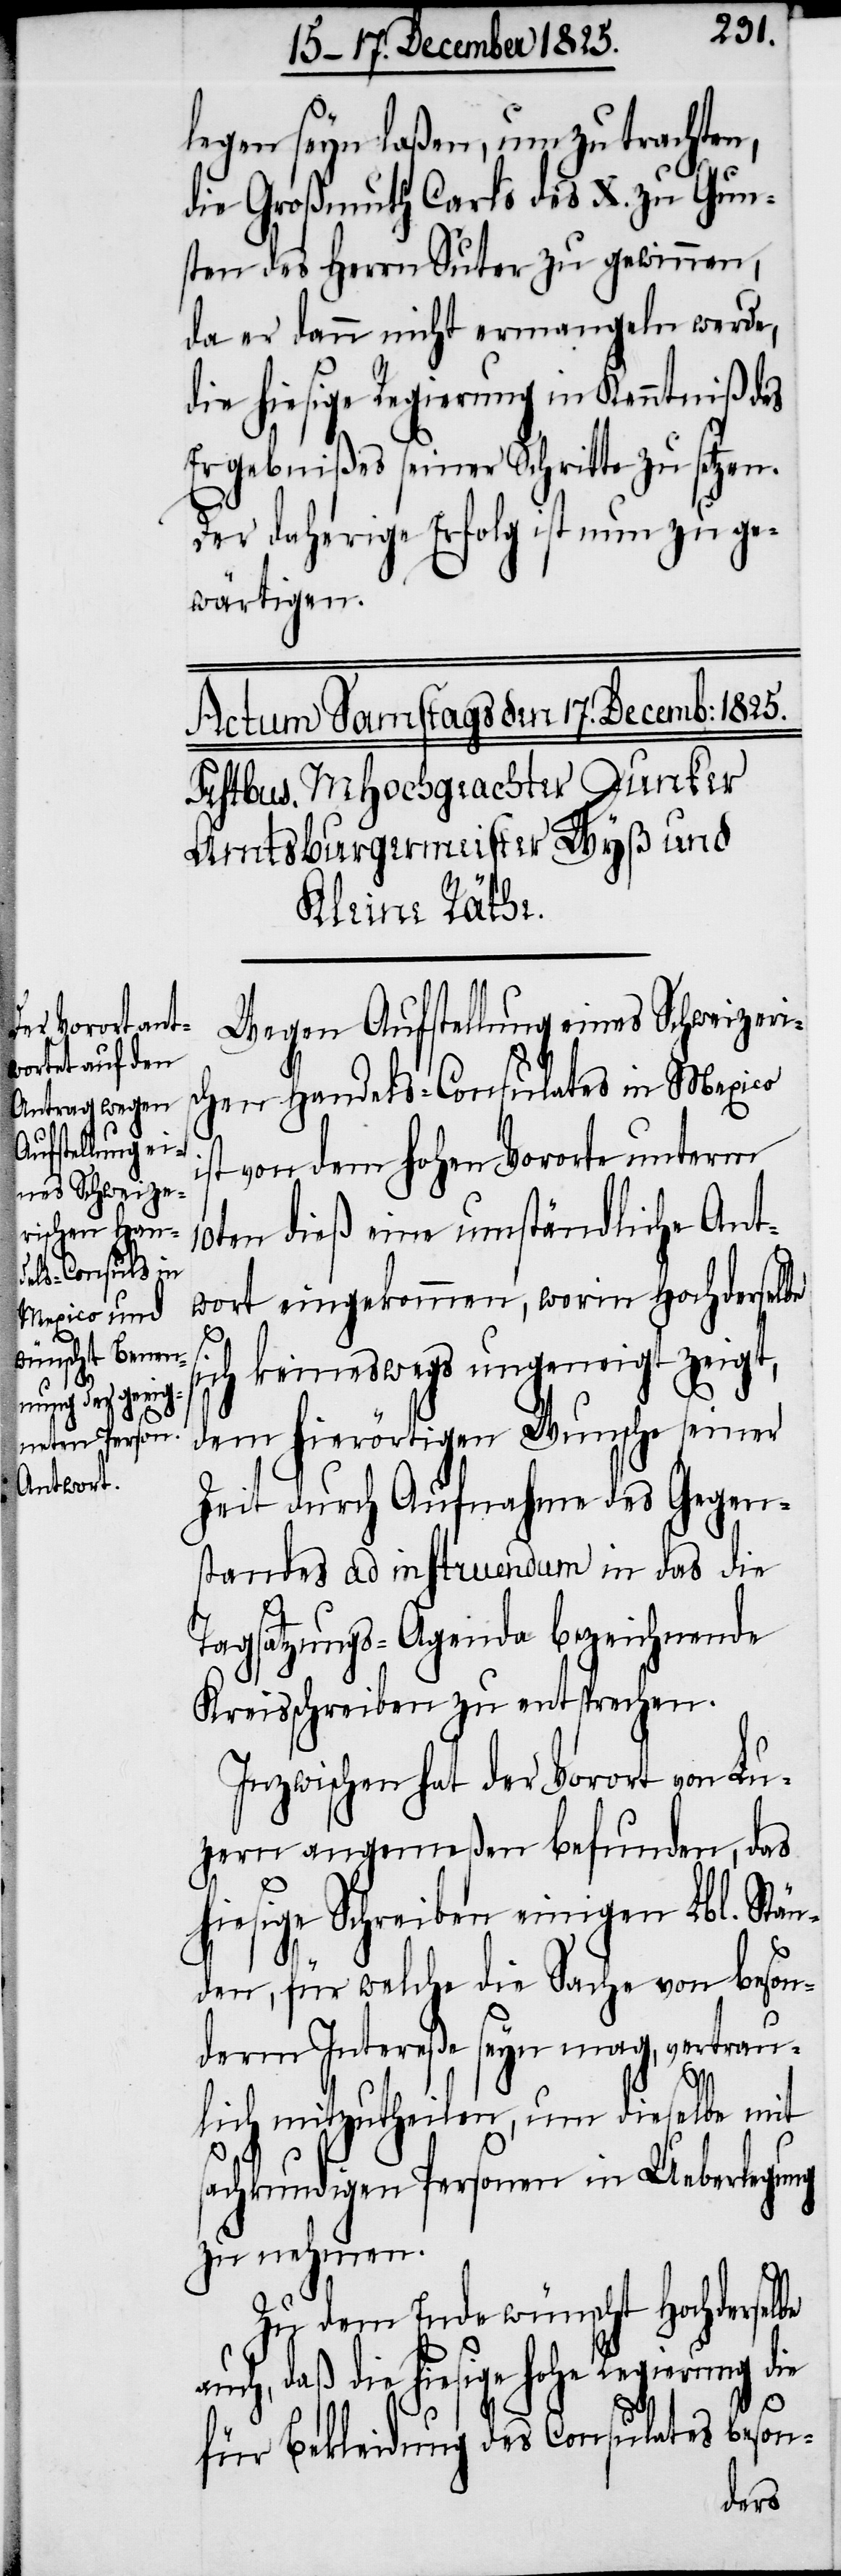
s¬

10t¬
legen seyn laßen, um zu trachten,
die Großmuth Carls des X. zu Gun¬
sten des Herrn Suter zu gewinnen,
da er dann nicht ermangeln werde,
die hiesige Regierung in Kenntniß des
Ergebnißes seiner Schritte zu setzen.
Der daherige Erfolg ist nun zu ge¬
wärtigen.
Wegen Aufstellung eines Schweizeris¬
chen Handels-Consulates in Mexico
von dem hohen Vororte unterm
en dieß eine umständliche Ant¬
wort eingekommen, worin Hochderselbe
ich keineswegs ungeneigt zeigt,
dem hierörtigen Wunsche seiner
Zeit durch Aufnahme des Gegen¬
standes ad instruendum in das die
Tagsatzungs-Agenda bezeichnende
Kreisschreiben zu entsprechen.
Inzwischen hat der Vorort von Lu¬
zern angemeßen befunden, das
hiesige Schreiben einigen Lbl. Stän¬
den, für welche die Sache von beson¬
derm Intereße seyn mag, vertrau¬
lich mitzutheilen, um dieselbe mit
sachkundigen Personen in Ueberlegung
zu nehmen.
Zu dem Ende wünscht Hochderselbe
auch, daß die hiesige hohe Regierung die
für Bekleidung des Consulates beson-